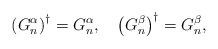
LaTeX: \begin{align*}\left( G_{n}^{\alpha }\right) ^{\dagger }=G_{n}^{\alpha },\quad \left(G_{n}^{\beta }\right) ^{\dagger }=G_{n}^{\beta },\end{align*}